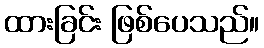
ထားခြင်း ဖြစ်ပေသည်။